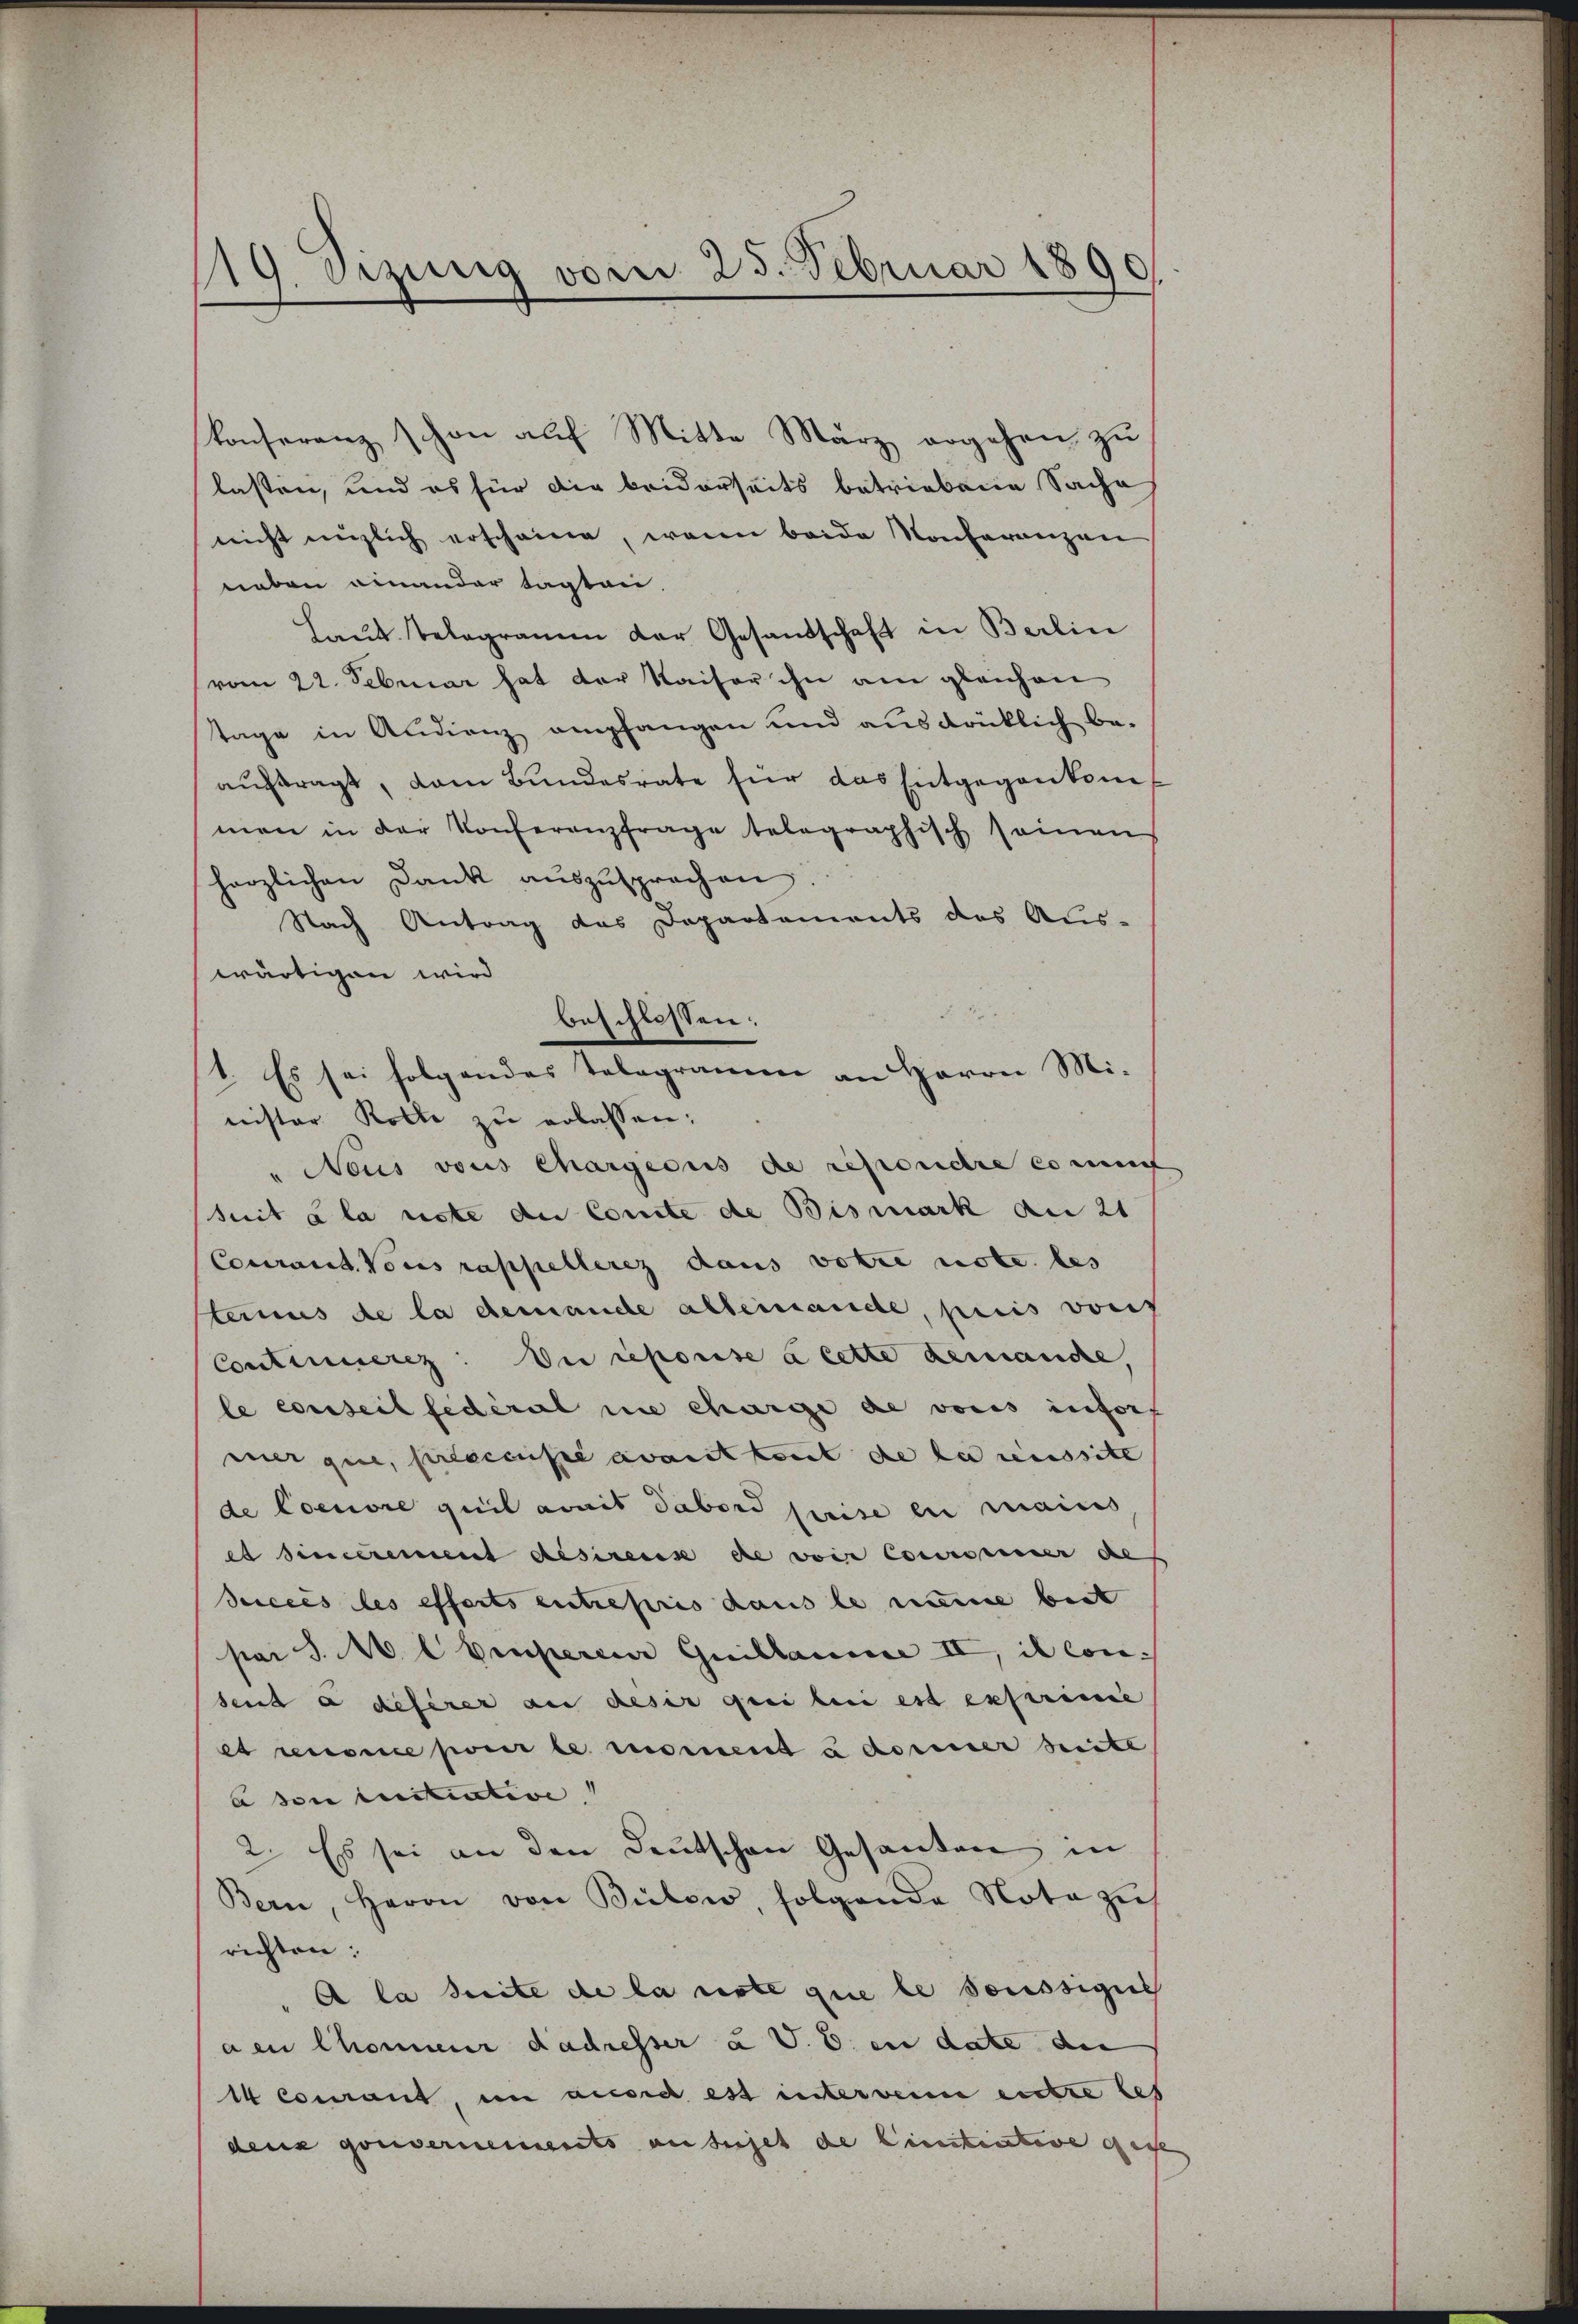
119. Sizung vom 25. Februar 1890.

konferenz schon auf Mitte März ergehen zu
lassen, und es für die beiderseits betriebene Sache
nicht nüzlich erscheine, wenn beide Konferenzen
neben einander tagten.
Haus Telegramm der Gesandschaft in Berlin
vom 22. Februar hat der Kaiser ihn am gleichen
tage in Audienz empfangen und ausdrüklich be-
aŭfragt, dem Bundesrate für das Entgegenkomimen in der Konferenzfrage telegraphisch seinen
herzlichen Dank auszusprochen.
Nach Antrag das Departements des Aus-
wärtigen wird
nister Kolle zŭ erlassen:
" Neus vous chargecus de reponiere cont
suit à la nste du Comite de Bismark am 21
Courant. Vones rappellerez dans votie note bes
terius de la demande alleinande, puis vors
Continuerz: Die reporise à cette Lemanche,
le conseil fédéral nie charge de vonis infor
mer que, prescensé avant kennt de la reinssite
de Coeniore quit avait Tabord prise en mains
et Simerement désirens de voir Consinner de
Succes des efferts entrepris dans le meine beit
pai J. M. l Emperem Guillaume II, il con-
send à déférer an desir quoi bei est exprime
et renonce pour le moment u dominer Seite
a die initiative
2. Es sei an den Deutschen Gesanten in
Bern, Herrn von Bülow, folgende Nota zus
richten:
A la suite de la riste que le soussiges
aen Chonneur dadresser à V. B. in date die
Icourant, in ansich est untervenne entre les
denz gouvernements au sujet de Cinitiative gese

beschlossen:

1. Es sei folgendes Telegramm an Herrn Mi-